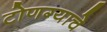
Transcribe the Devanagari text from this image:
टोणग्याचे